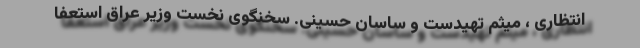
انتظاری ، میثم تهیدست و ساسان حسینی. سخنگوی نخست وزیر عراق استعفا